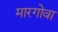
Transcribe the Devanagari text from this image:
मारगोवा